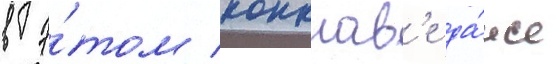
в э́том конклав'е да́же